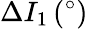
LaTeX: \Delta I_{1}\, (^{\circ})